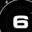
Digit: 6